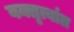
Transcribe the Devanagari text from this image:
वक्तृत्वांत